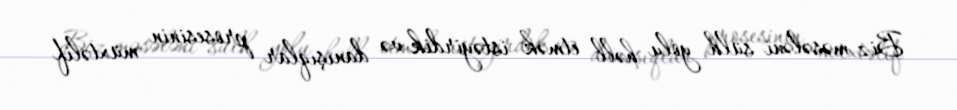
Biz məsələni sülh yolu həll etmək istəyirdik və danışıqlar prosesinin müxtəlif